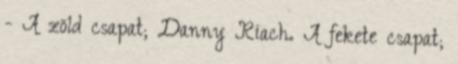
- A zöld csapat; Danny Riach. A fekete csapat;